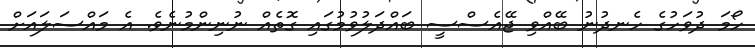
ހޯމަ ދުވަހުގެ ހެނދުނު ބޭއްވި ޖޭއެސްސީ ބައްދަލުވުމުގައި ގޮތެއް ނުނިންމުނެވެ. އެ މައްސަލައަށް